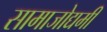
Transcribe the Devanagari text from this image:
सामाजोद्यमी